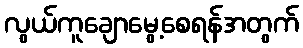
လွယ်ကူချောမွေ့စေရန်အတွက်